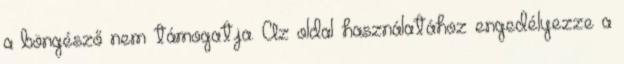
a böngésző nem támogatja. Az oldal használatához engedélyezze a